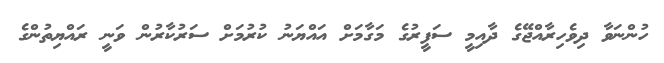
ހުންނަވާ ދިވެހިރާއްޖޭގެ ދާއިމީ ސަފީރުގެ މަގާމަށް އައްޔަނު ކުރުމަށް ސަރުކާރުން ވަނީ ރައްޔިތުންގެ